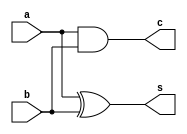
//Half Adder

`timescale 1ns/10ps

module halfadder(
	input a,
	input b,
	output reg c,
	output reg s
);
	always @(a or b) begin
		s = a ^ b;
		c = a & b;
	end
endmodule